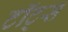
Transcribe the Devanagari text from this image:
टॉट्स